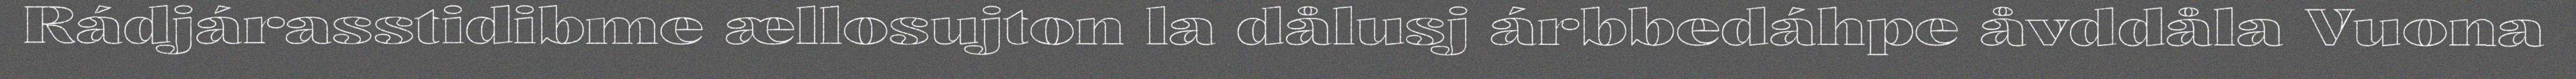
Rádjárasstidibme ællosujton la dålusj árbbedáhpe åvddåla Vuona